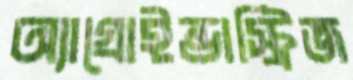
অ্যাগ্রোইন্ডাস্ট্রিজ